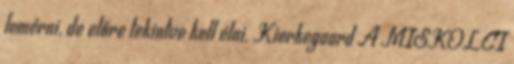
lemérni, de előre tekintve kell élni. Kierkegaard A MISKOLCI